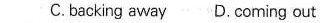
C.bocking away D.Coming out